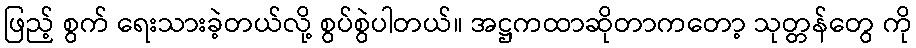
ဖြည့် စွက် ရေးသားခဲ့တယ်လို့ စွပ်စွဲပါတယ်။ အဋ္ဌကထာဆိုတာကတော့ သုတ္တန်တွေ ကို